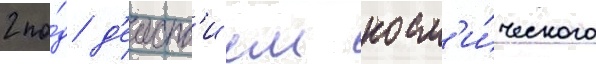
2 по́д д'еиств'ием косм'и́ческого